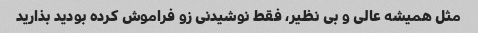
مثل همیشه عالی و بی نظیر، فقط نوشیدنی زو فراموش کرده بودید بذارید